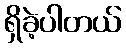
ရှိခဲ့ပါတယ်